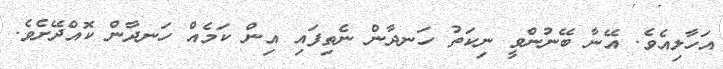
އަހާލިއެެވެ. އޭނާ ބޭނުންވީ ނިކަތު ހަނދާން ނެތިފައި އިން ކަމެއް ހަނދާން ކޮއްދޭށެވެ.